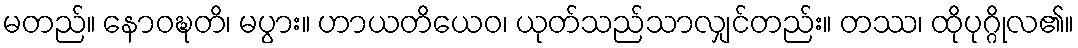
မတည်။ နောဝဍ္ဎတိ၊ မပွား။ ဟာယတိယေဝ၊ ယုတ်သည်သာလျှင်တည်း။ တဿ၊ ထိုပုဂ္ဂိုလ၏။